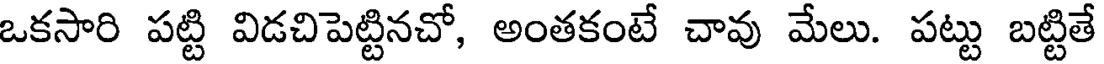
ఒకసారి పట్టి విడచిపెట్టినచో, అంతకంటే చావు మేలు. పట్టు బట్టితే